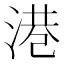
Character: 港